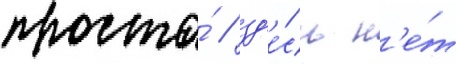
проста́ / зд'е́сь н'е́т